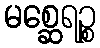
မစ္ဆေရဉ္စ